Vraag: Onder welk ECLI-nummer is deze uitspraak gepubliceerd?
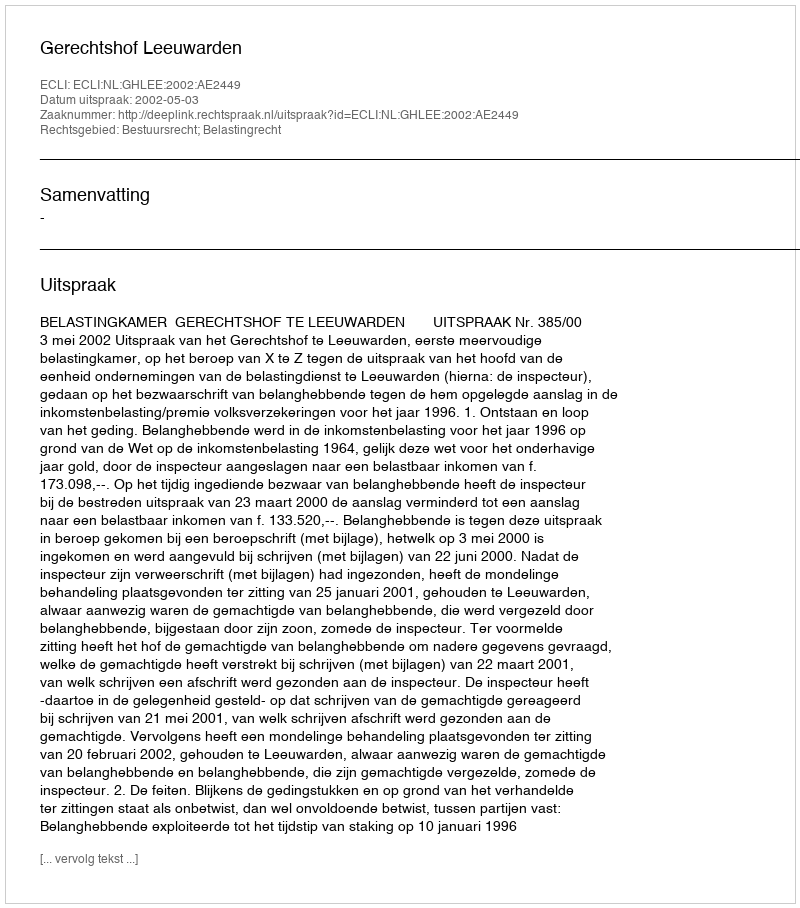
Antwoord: ECLI:NL:GHLEE:2002:AE2449